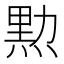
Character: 𤋰